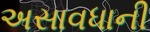
અસાવધાની